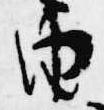
由